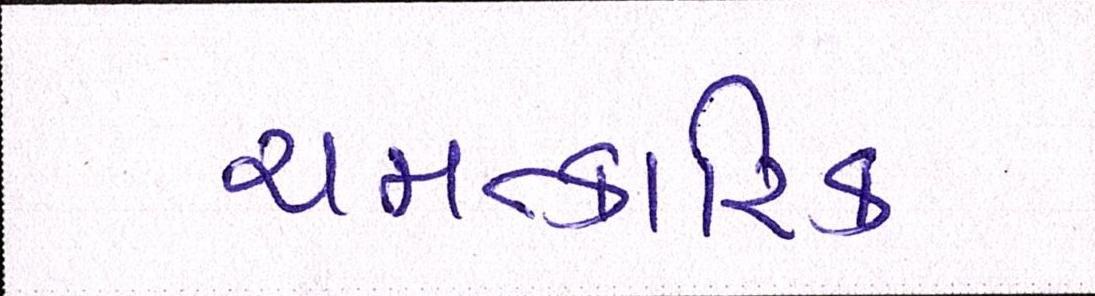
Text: ચમત્કારિક